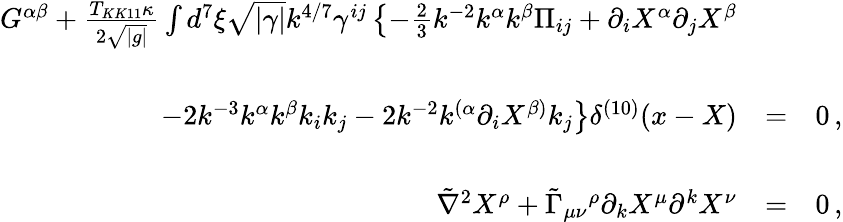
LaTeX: \begin{array}{rcl}{{G^{\alpha\beta}+{\frac{T_{KK11}\kappa}{2\sqrt{|g|}}}\int d^{7}\xi\sqrt{|\gamma|}k^{4/7}\gamma^{ij}\left\{ -\frac{2}{3}k^{-2}k^{\alpha}k^{\beta}\Pi_{ij}+\partial_{i}X^{\alpha}\partial_{j}X^{\beta}\right.}}&{{}}&{{}}\\ {{}}&{{}}&{{}}\\ {{\left.-2k^{-3}k^{\alpha}k^{\beta}k_{i}k_{j}-2k^{-2}k^{(\alpha}\partial_{i}X^{\beta)}k_{j}\right\} \delta^{(10)}(x-X)}}&{{=}}&{{0\, ,}}\\ {{}}&{{}}&{{}}\\ {{\tilde{\nabla}^{2}X^{\rho}+\tilde{\Gamma}_{\mu\nu}{}^{\rho}\partial_{k}X^{\mu}\partial^{k}X^{\nu}}}&{{=}}&{{0\, ,}}\end{array}